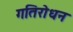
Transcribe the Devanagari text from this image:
गतिरोधन